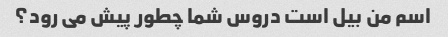
اسم من بیل است دروس شما چطور پیش می رود؟